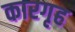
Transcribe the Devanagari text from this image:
कारगृह